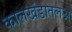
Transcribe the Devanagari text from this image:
कालखंडातलअ